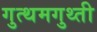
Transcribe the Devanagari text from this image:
गुत्थमगुथ्ती